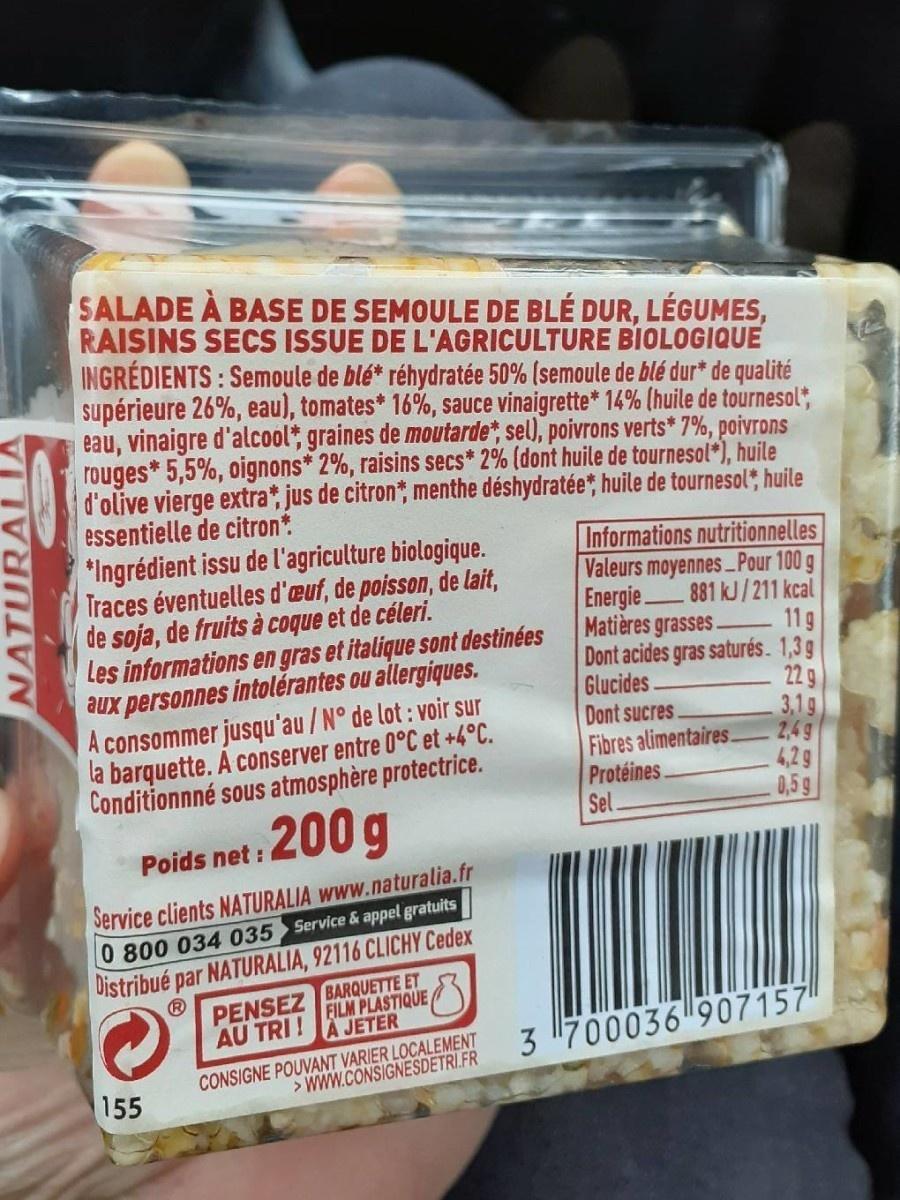
SALADE À BASE DE SEMOULE DE BLÉ DUR, LÉGUMES, RAISINS SECS ISSUE DE L'AGRICULTURE BIOLOGIQUE INGRÉDIENTS : Semoule de blé* réhydratée 50% (semoule de blé dur* de qualité supérieure 26%, eau), tomates* 16%, sauce vinaigrette* 14% (huile de tournesol, eau, vinaigre d'alcool*, graines de moutarde*, sel), poivrons verts* 7%, poivrons rouges* 5,5%, oignons* 2%, raisins secs* 2% (dont huile de tournesol*), huile d'olive vierge extra*, jus de citron*, menthe déshydratée, huile de tournesol, huile essentielle de citron* *Ingrédient issu de l'agriculture biologique. Traces éventuelles d'euf, de poisson, de lait, soja, de fruits à coque et de céleri. Les informations en gras et italique sont destinées aux personnes intolérantes ou allergiques. A consommer jusqu'au /N° de lot : voir sur la barquette. A conserver entre 0°C et +4°C. Conditionnné sous atmosphère protectrice.
Informations nutritionnelles Valeurs moyennes_Pour 100 g Energie. Matières grasses. Dont acides gras saturés. 1,3g Glucides Dont sucres Fibres alimentaires. Protéines. Sel.
881 kJ/211 kcal 11g
22 g 3,1g 2,4g 4,2g 0,5 g
200g
Poids net :
Service clients NATURALIA www.naturalia.fr 0 800 034 035 Service & appel gratuits
Distribué par NATURALIA, 92116 CLICHY Cedex
PENSEZ BARQUETTE ET FILM PLASTIQUE
AU TRI !
A JETER
CONSIGNE POUVANT VARIER LOCALEMENT > WWW.CONSIGNESDETRI.FR
3 700036 907157"
155
NATURAI